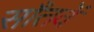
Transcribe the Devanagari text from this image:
साँतवें